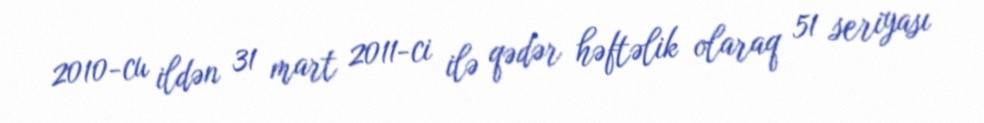
2010-cu ildən 31 mart 2011-ci ilə qədər həftəlik olaraq 51 seriyası